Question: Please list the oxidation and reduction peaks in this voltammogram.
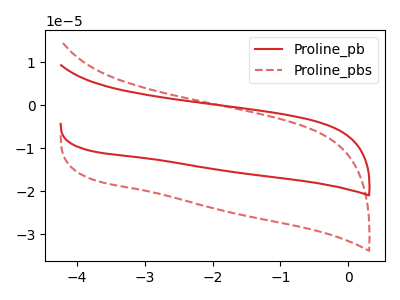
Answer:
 <answer>The red curve "Proline_pb" has no peaks. The red dashed curve "Proline_pbs" has no peaks.</answer>
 <eval></eval>